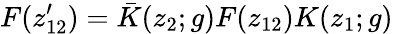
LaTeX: F(z_{12}^{\prime})=\bar{K}(z_{2};g)F(z_{12})K(z_{1};g)